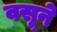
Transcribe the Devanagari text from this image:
वसूने